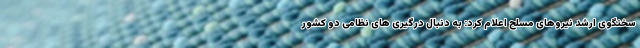
سخنگوی ارشد نیروهای مسلح اعلام کرد: به دنبال درگیری های نظامی دو کشور